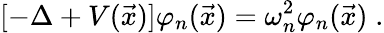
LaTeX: [-\Delta+V(\vec{x})]\varphi_{n}(\vec{x})=\omega_{n}^{2}\varphi_{n}(\vec{x})\; .